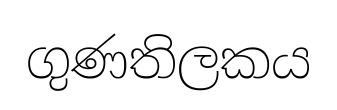
ගුණතිලකය